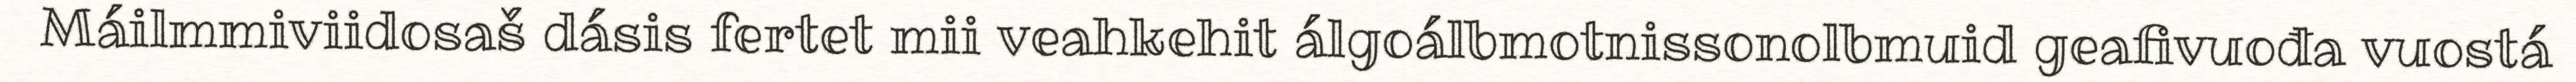
Máilmmiviidosaš dásis fertet mii veahkehit álgoálbmotnissonolbmuid geafivuođa vuostá